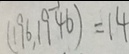
( 1 9 6 , 1 9 4 6 ) = 1 4